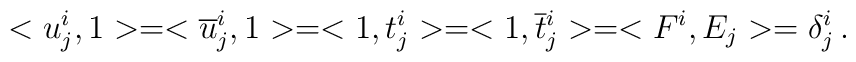
<u^i_j,1>=<\overline{u}{}^i_j,1>=<1,t^i_j>=<1,\overline{t}{}^i_j>=<F^i,E_j>=\delta^i_j\,.